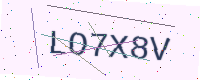
Text: LO7X8V